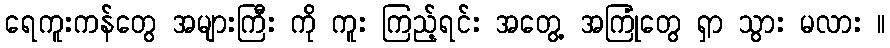
ရေကူးကန်တွေ အများကြီး ကို ကူး ကြည့်ရင်း အတွေ့ အကြုံတွေ ရှာ သွား မလား ။